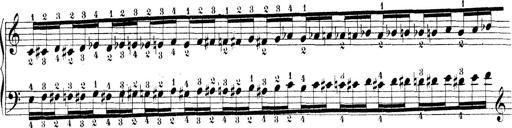
Title: Technische Studien
Composer: Franz Liszt